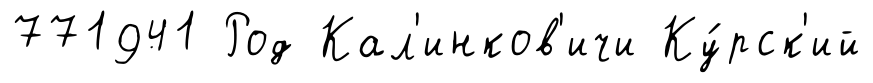
771941 Род Кал'инков'ичи Ку́рск'ий